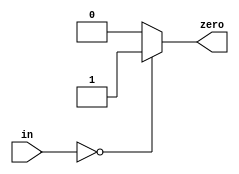
module sparc_tlu_zcmp64(/*AUTOARG*/
   // Outputs
   zero, 
   // Inputs
   in
   );

   input [63:0] in;

   output      zero;

   reg 	       zero;

   always @ (in)
     begin
	if (in == 64'b0)
	  zero = 1'b1;
	else
	  zero = 1'b0;
     end
   

endmodule